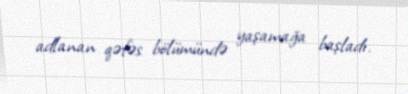
adlanan qəfəs bölümündə yaşamağa başladı.